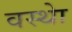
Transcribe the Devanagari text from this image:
वस्थाे